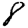
Digit: 8